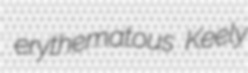
erythematous Keely